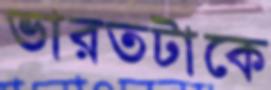
ভারতটাকে